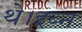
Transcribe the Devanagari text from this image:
थे।इब्न